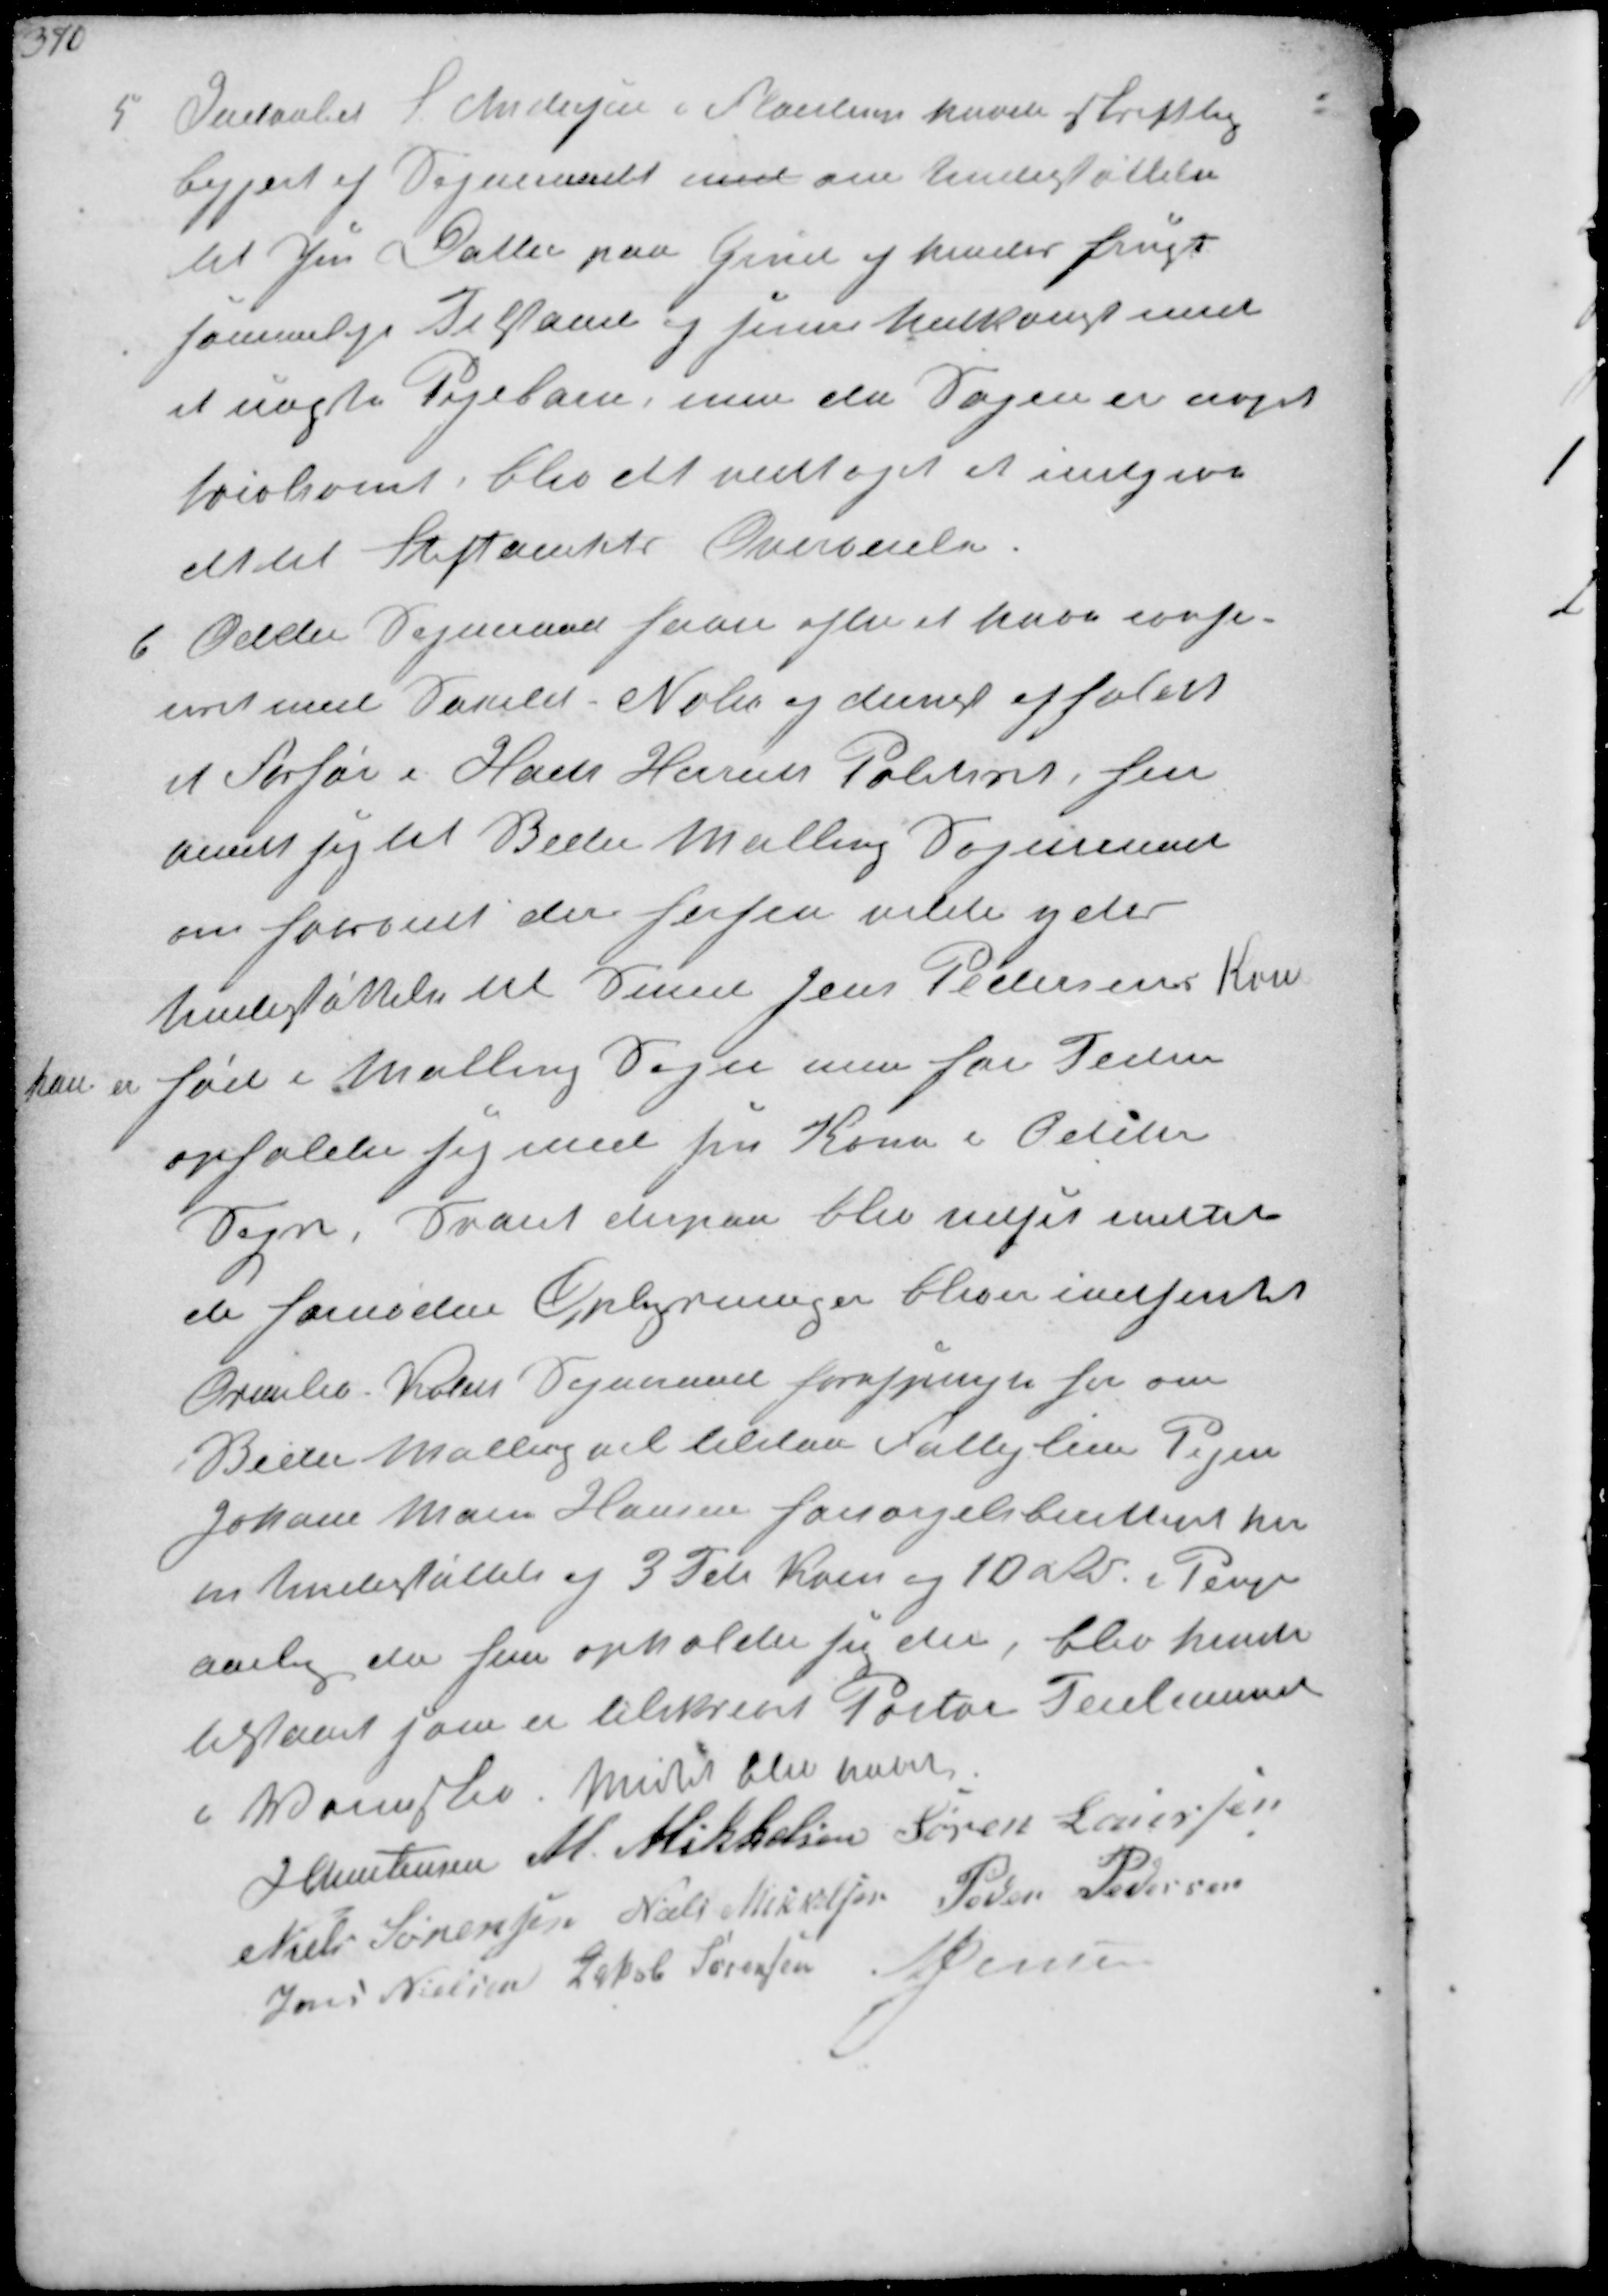
Transskription:
5
Dueavler S Andersen i Fløjstrup havde skriftlig
begjært af Sogneraad mod om Understøttelse
til sin Datter paa Grund af hendes frugt-
sommelige Tilstand og hendes nedkomst med
et uægte Pigebarn, men da Sagen er noget
tvivlsomt blev det vedtaget at indgive
det til Stiftamtets Overvejelse

6
Odder Sogneraad haver efter at have confe-
reret Saxild Nølev og derude afholdt
et Forhør i Hads Herreds Politiret, hen-
vendt sig til Beder Malling Sogneraad
om hvorvidt der herfra vilde ydes
Understøttelse til Samme Jens Pedersens Kone

han er født i Malling Sogn men for Tiden
opholder sig med sin Kone i Odder
Sogn, Svaret derpaa blev udsat indtil
de familiere Oplysningen bliver indhentet
Ormslev Koldt Sogneraad forespørges her om
Beder Malling vil tilstaa Fattiglem Pigen
Johane Marie Hansen forsørgelsesberettiget her
en Understøttelse af 3 Tdr Korn og 10 Rd i Penge 
aarlig da hun opholde sid der, blev hende
tilstaaet som er tilskrevet Pastor Teidemand
i Vormslev Mødet blev hævet
J Christensen M. Mikkelsen Søren Laursen
Niels Sørensen Niels Mikkelsen Peder Pedersen
Jens Nielsen Jakob Sørensen N Jensen